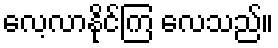
လေ့လာနိုင်ကြ လေသည်။